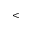
<